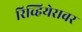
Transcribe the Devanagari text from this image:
रिव्हियेरावर